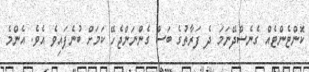
ކޮންޓެންޓެއް ގެނެސްދޭނަމަ ދެ ފަރާތުގެ ބަސް ގެންނަންޖެހޭ ކަމަށް ބުނެފައިވެ އެވެ. އެންމެ